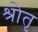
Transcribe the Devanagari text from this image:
श्रोतृ